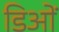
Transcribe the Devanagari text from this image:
डिओं